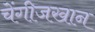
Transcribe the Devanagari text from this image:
चेंगीजखान